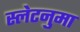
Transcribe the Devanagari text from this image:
स्लेटनुमा